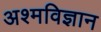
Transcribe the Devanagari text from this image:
अश्मविज्ञान